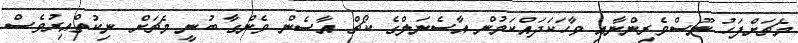
މެޗަށްފަހު ނޫސްވެރިންނާއި ވާހަކަދައްކަމުން އާސެނަލްގެ ކޯޗް އާސެން ވެންގާ ބުނީ މެޗަށް ނިކުތްއިރުވެސް